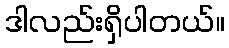
ဒါလည်းရှိပါတယ်။